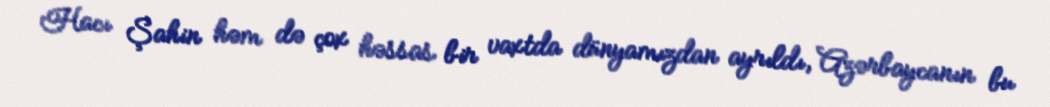
Hacı Şahin həm də çox həssas bir vaxtda dünyamızdan ayrıldı, Azərbaycanın bu